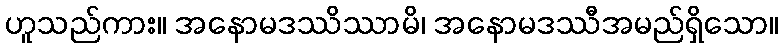
ဟူသည်ကား။ အနောမဒဿိဿာမိ၊ အနောမဒဿီအမည်ရှိသော။